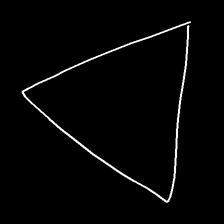
Glyph: convergence